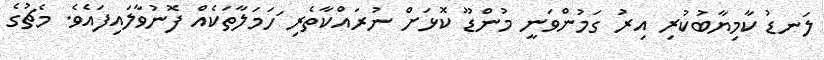
ލަނޑު ކާމިޔާބުކުރި އިރު ގަމުންވަނީ މުންޑޫ ކޮޅަށް ނުރައްކާތެރި ަހަމަލާތަކެއް ފޮނުވާލައިފައެވެ. މެޗުގެ